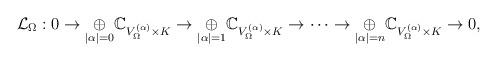
LaTeX: \begin{align*}\mathcal{L}_\Omega: 0 \to \underset{|\alpha| = 0} {\oplus}\mathbb{C}_{V_\Omega^{(\alpha)} \times K} \to\underset{|\alpha| = 1} {\oplus}\mathbb{C}_{V_\Omega^{(\alpha)} \times K} \to\cdots \to\underset{|\alpha| = n} {\oplus}\mathbb{C}_{V_\Omega^{(\alpha)} \times K} \to 0,\end{align*}